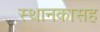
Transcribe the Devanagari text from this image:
स्थानकासह